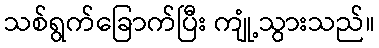
သစ်ရွက်ခြောက်ပြီး ကျုံ့သွားသည်။